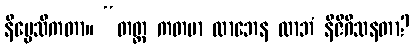
နိပ္ပေသိကတာ။ “တတ္ထ ကတမာ လာဘေန လာဘံ နိဇိဂီသနတာ?